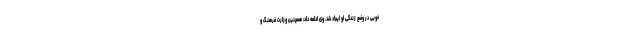
خوبی در وضع زندگی او ایجاد شد. وی ادامه داد: همچنین وزارت فرهنگ و